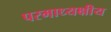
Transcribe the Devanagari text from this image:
परमाध्यक्षीय